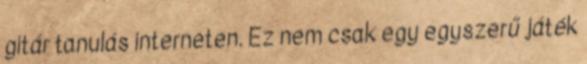
gitár tanulás interneten. Ez nem csak egy egyszerű játék